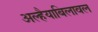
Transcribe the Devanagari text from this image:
अल्हैयाबिलावल